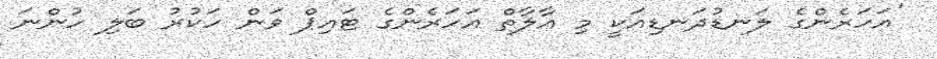
'އަހަރެންގެ ލަނޑުދަނޑިއަކީ މި އާލާތް އަހަރެންގެ ޓައިޕް ވަން ހަކުރު ބަލި ހުންނަ